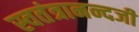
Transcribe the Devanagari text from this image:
स्वतंत्रानन्दजी